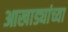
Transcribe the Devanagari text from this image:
आखाड्यांच्या